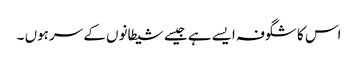
اس کا شگوفہ ایسے ہے جیسے شیطانوں کے سرہوں ۔